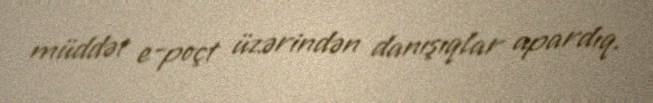
müddət e-poçt üzərindən danışıqlar apardıq.